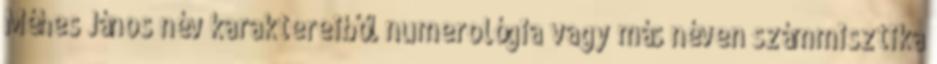
Méhes János név karaktereiből numerológia vagy más néven számmisztika